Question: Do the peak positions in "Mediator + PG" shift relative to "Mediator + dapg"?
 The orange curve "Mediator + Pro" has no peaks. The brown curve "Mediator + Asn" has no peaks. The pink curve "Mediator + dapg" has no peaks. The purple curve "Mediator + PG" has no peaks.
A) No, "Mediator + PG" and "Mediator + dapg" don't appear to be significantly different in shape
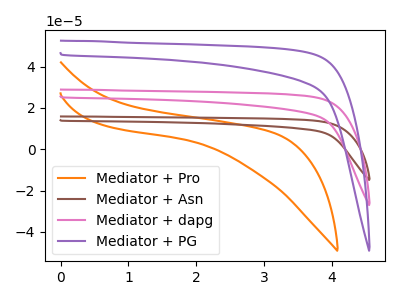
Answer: <think>Neither "Mediator + PG" or "Mediator + dapg" have any peaks.
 </think>
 <answer>A) No, "Mediator + PG" and "Mediator + dapg" don't appear to be significantly different in shape</answer>
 <eval>A</eval>